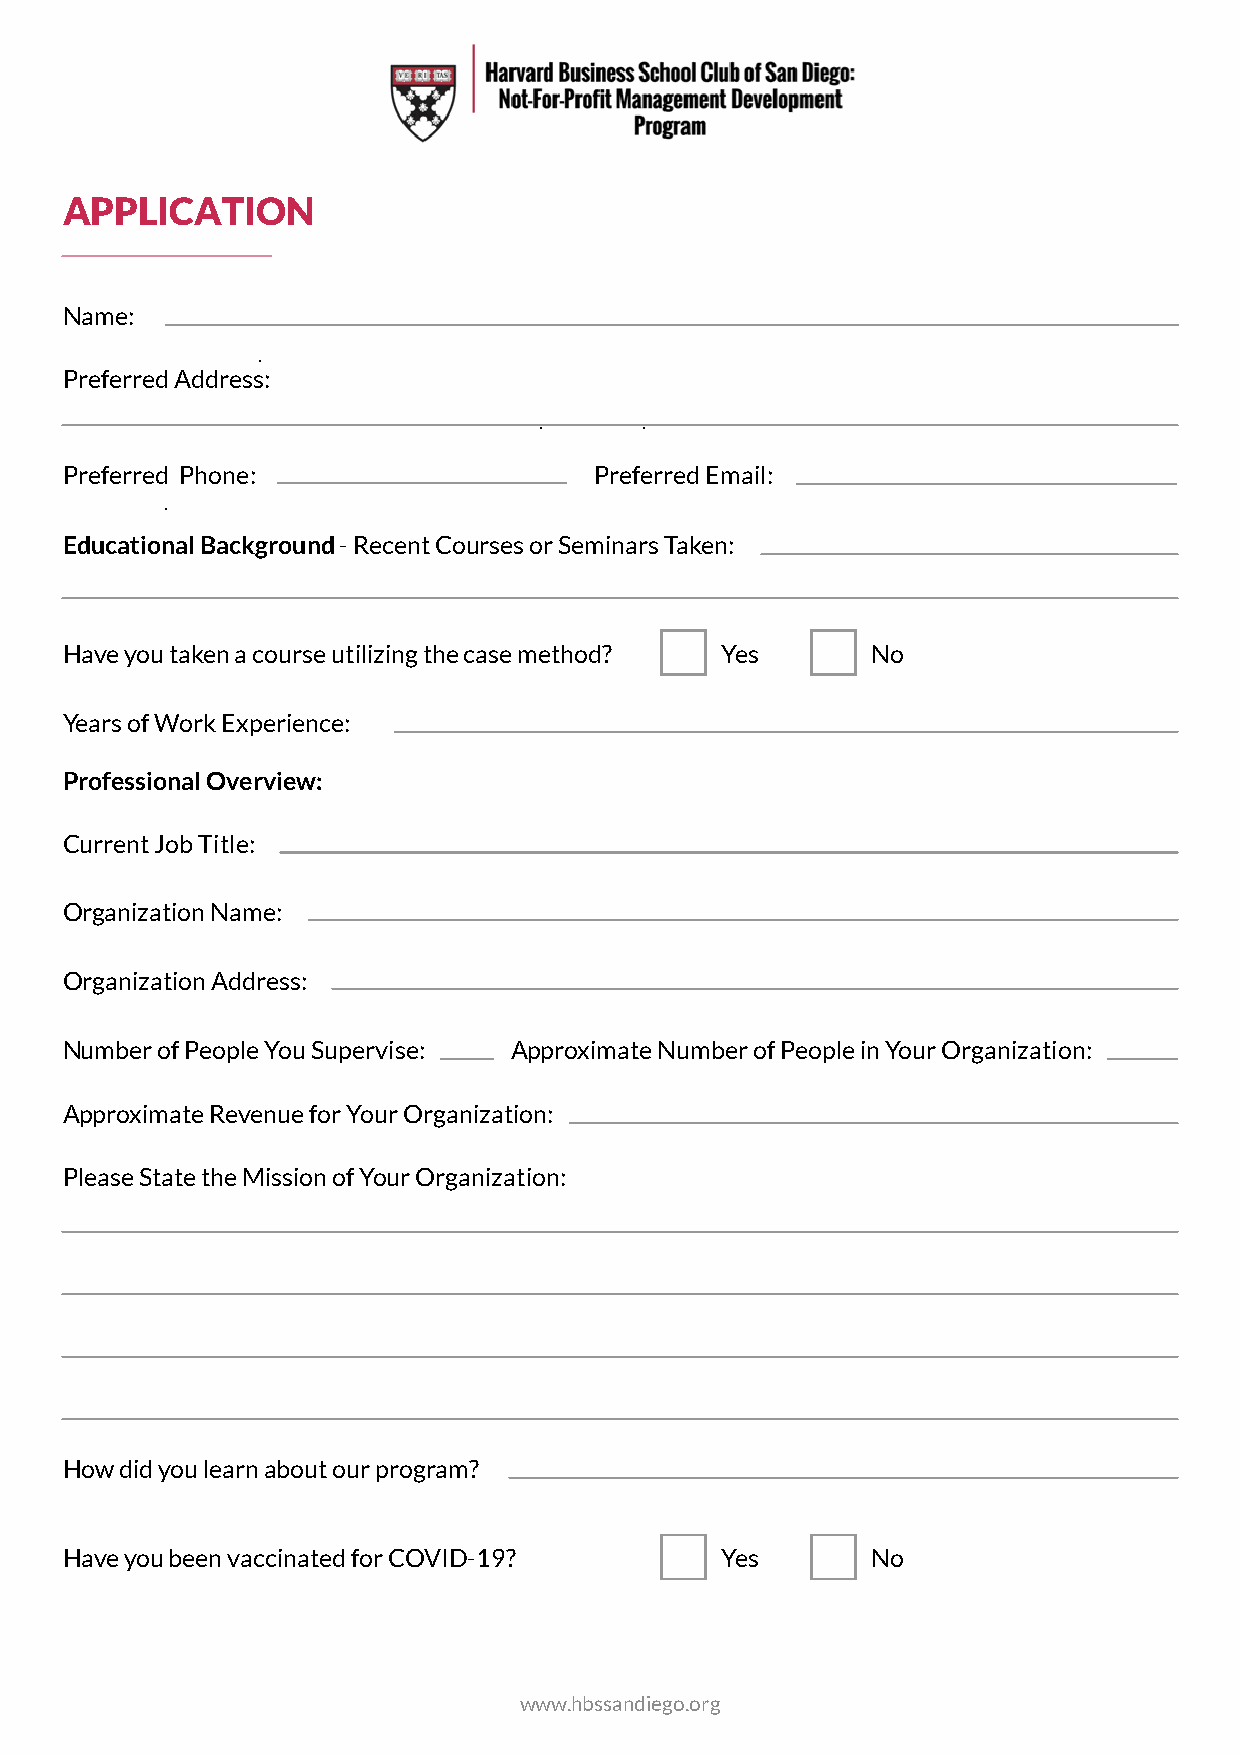
APPLICATION
 Name:
 Preferred Address:
 Preferred Phone:                   Preferred Email:
 Educational Background - Recent Courses or Seminars Taken:
 Have you taken a course utilizing the case method? Yes No
 Years of Work Experience:
 Professional Overview:
 Current Job Title:
 Organization Name:
 Organization Address:
 Number of People You Supervise: Approximate Number of People in Your Organization:
 Approximate Revenue for Your Organization:
 Please State the Mission of Your Organization:
 How did you learn about our program?
 Have you been vaccinated for COVID-19?      Yes       No
 www.hbssandiego.org